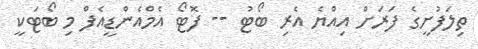
ތިލަފުށީގެ ފަރަށް އިއްޔެ އެރި ބޯޓު -- ފޮޓޯ އެމްއެންޑީއެފް މި ބޯޓަކީ